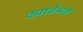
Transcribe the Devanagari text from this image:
द्यावेअत